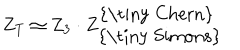
Z _ { T } \simeq Z _ { 3 } \cdot Z _ { \mathrm { { \tiny ~ S i m o n s } } } ^ { \mathrm { { \tiny ~ C h e r n } } }